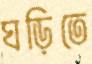
ঘড়িতে